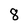
Character: 8